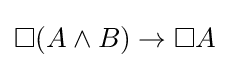
\Box (A\land B)\to \Box A